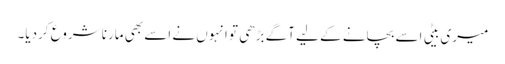
میری بیٹی اسے بچانے کے لیے آگے بڑھی تو انہوں نے اسے بھی مارنا شروع کردیا۔